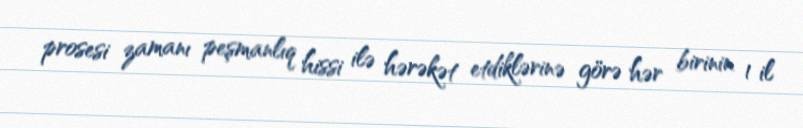
prosesi zamanı peşmanlıq hissi ilə hərəkət etdiklərinə görə hər birinin 1 il